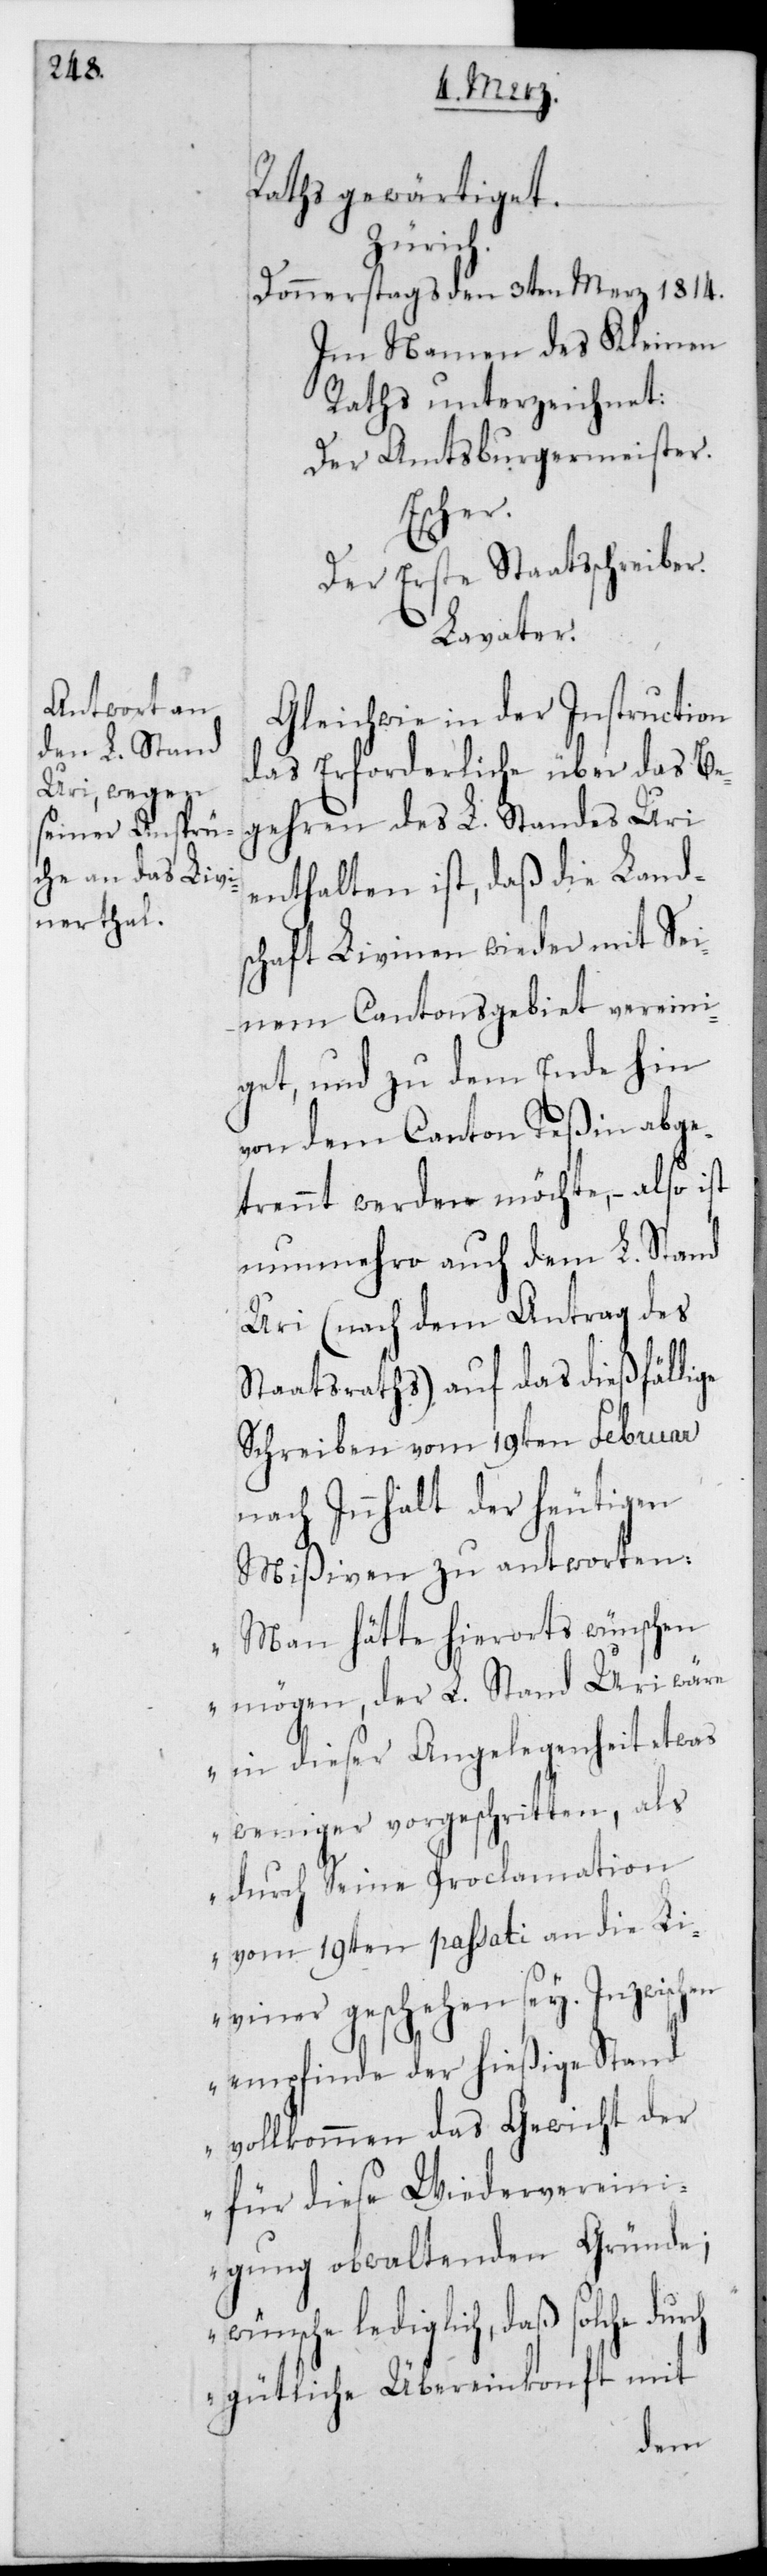
Raths gewärtiget.
durch
Donnerstags den 3ten Merz 1814.
Im Namen des Kleinen
Raths unterzeichnet:
Der Amtsburgermeister.
Der Erste Staatsschreiber.
Lavater.
Gleichwie in der Instruction
das Erforderliche über das Be¬
gehren des L. Standes Uri
enthalten ist, daß die Land¬
schaft Livinien wieder mit sei¬
nem Cantonsgebiet vereini¬
get, und zu dem Ende hin
von dem Canton Teßin abge¬
trennt werden möchte, – also ist
nunmehro auch dem L. Stand
Uri (nach dem Antrag des
Staatsraths) auf das dießfällige
Schreiben vom 19ten Februar
nach Innhalt der heutigen
Mißiven zu antworten:
„Man hätte hierorts wünschen
mögen, der L. Stand Uri wäre
in dieser Angelegenheit etwas
weniger vorgeschritten, als
durch Seine Proclamation
vom 19ten passati an die Li¬
viner geschehen sei. Inzwischen
empfinde der hießige Stand
vollkommen das Gewicht der
für diese Wiedervereini¬
gung obwaltenden Gründe;
wünsche lediglich, daß solche
gütliche Übereinkonft mit